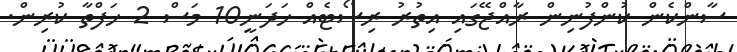
ސާންކެން ކުންފުނިން ރާއްޖޭގައި އިތުރު ރިސޯޓެއް ހަދަނީ10 މަސް 2 ހަފްތާ ކުރިން.